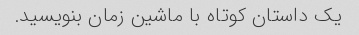
یک داستان کوتاه با ماشین زمان بنویسید.